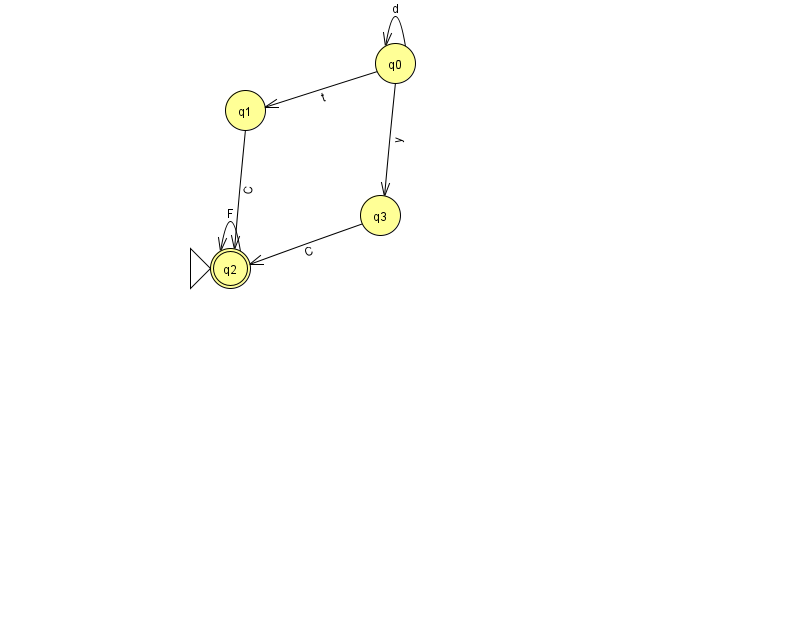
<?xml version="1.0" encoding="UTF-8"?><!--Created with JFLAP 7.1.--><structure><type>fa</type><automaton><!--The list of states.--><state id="0" name="q0"><x>395.0</x><y>50.0</y></state><state id="1" name="q1"><x>245.0</x><y>97.0</y></state><state id="2" name="q2"><x>230.0</x><y>255.0</y><initial/><final/></state><state id="3" name="q3"><x>380.0</x><y>202.0</y></state><!--The list of transitions.--><transition><from>3</from><to>2</to><read>C</read></transition><transition><from>0</from><to>0</to><read>d</read></transition><transition><from>2</from><to>2</to><read>F</read></transition><transition><from>0</from><to>1</to><read>t</read></transition><transition><from>0</from><to>3</to><read>y</read></transition><transition><from>1</from><to>2</to><read>C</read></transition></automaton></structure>